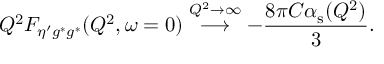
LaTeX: Q ^ { 2 } F _ { \eta ^ { \prime } g ^ { * } g ^ { * } } ( Q ^ { 2 } , \omega = 0 ) \stackrel { Q ^ { 2 } \to \infty } { \longrightarrow } - \frac { 8 \pi C \alpha _ { \mathrm { s } } ( Q ^ { 2 } ) } { 3 } .